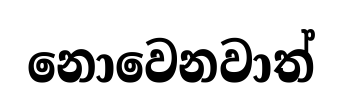
නොවෙනවාත්